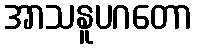
အာသနူပဂတော